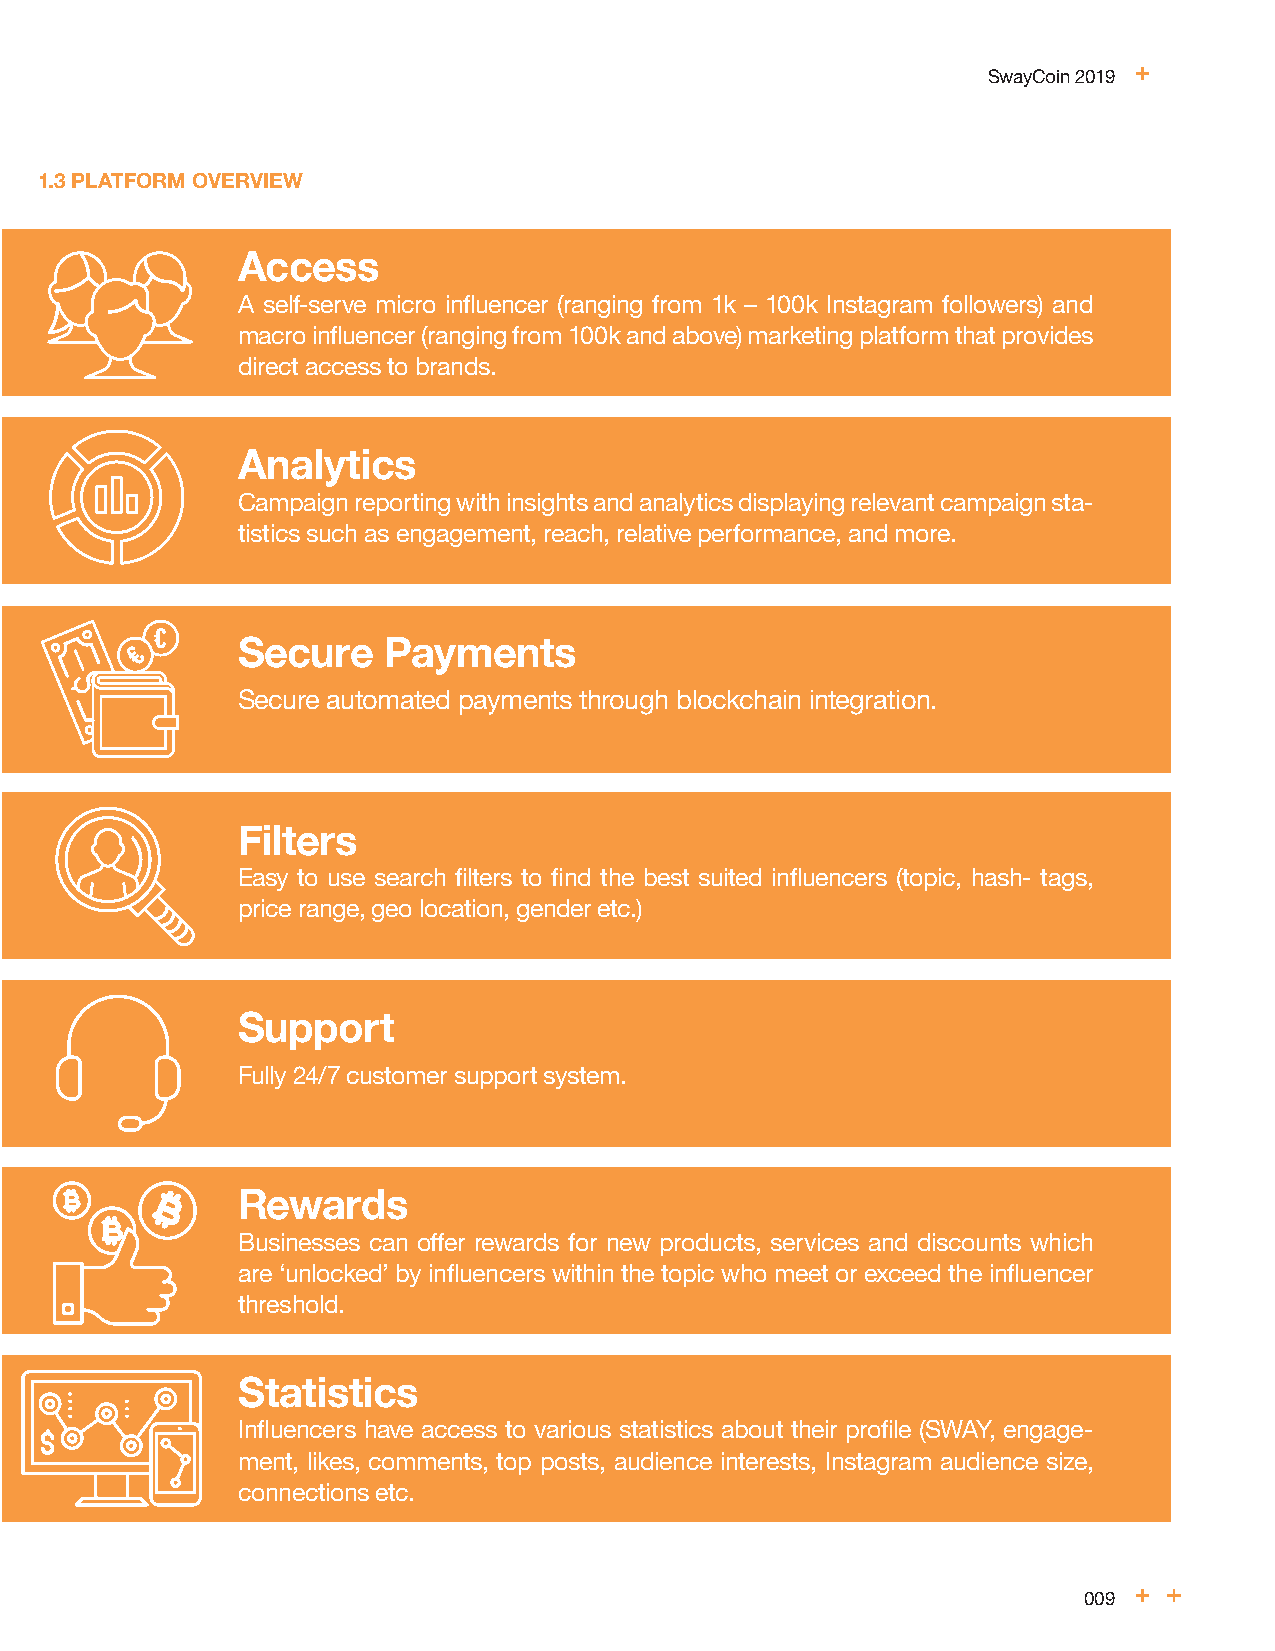
SwayCoin 2019
 1.3 PLATFORM OVERVIEW
 Access
 A self-serve micro influencer (ranging from 1k – 100k Instagram followers) and
 macro influencer (ranging from 100k and above) marketing platform that provides
 direct access to brands.
 Analytics
 Campaign reporting with insights and analytics displaying relevant campaign sta-
 tistics such as engagement, reach, relative performance, and more.
 Secure   Payments
 Secure automated payments through blockchain integration.
 Filters
 Easy to use search filters to find the best suited influencers (topic, hash- tags,
 price range, geo location, gender etc.)
 Support
 Fully 24/7 customer support system.
 Rewards
 Businesses can offer rewards for new products, services and discounts which
 are ‘unlocked’ by influencers within the topic who meet or exceed the influencer
 threshold.
 Statistics
 Influencers have access to various statistics about their profile (SWAY, engage-
 ment, likes, comments, top posts, audience interests, Instagram audience size,
 connections etc.
 009